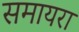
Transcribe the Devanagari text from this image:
समायरा